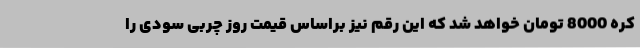
کره 8000 تومان خواهد شد که این رقم نیز براساس قیمت روز چربی سودی را